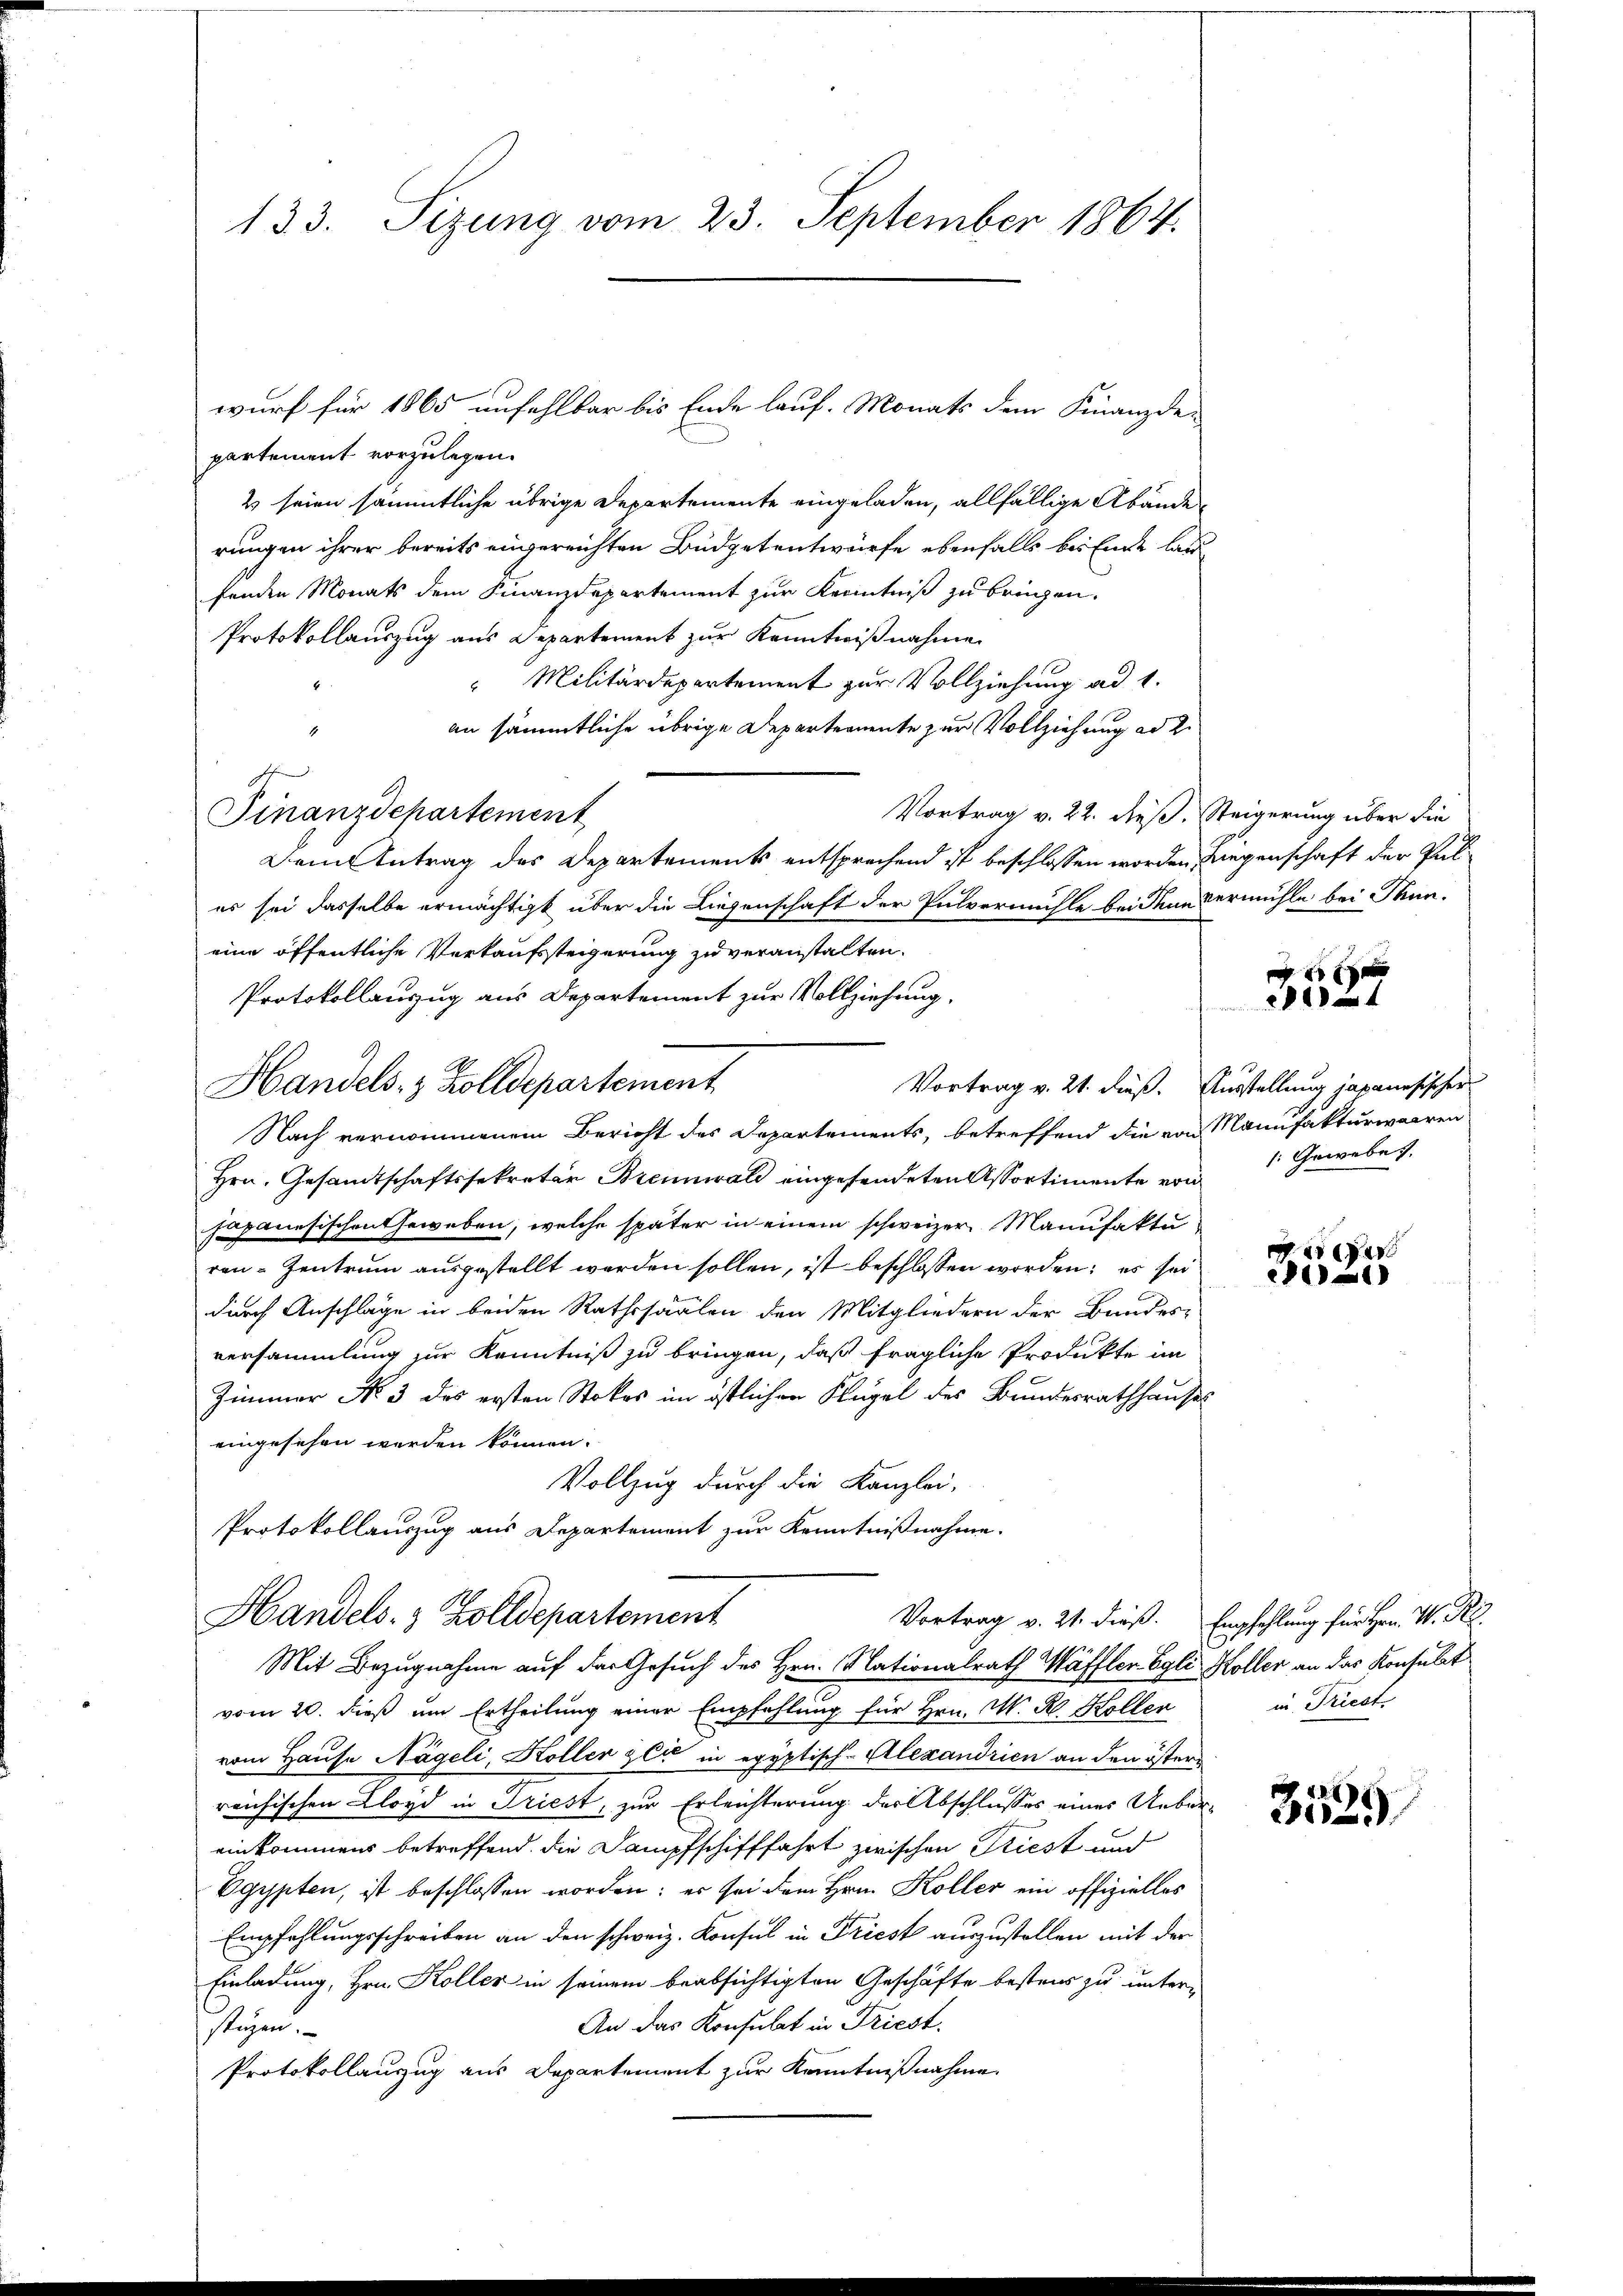
133. Sizung vom 23. September 1864.

partement vorzulegen.
2 seien sämmtliche übrige Departemente eingeladen, allfällige Abände
rungen ihrer bereits eingereichten Büdgetentwürfe ebenfalls bei Ende lan
fenden Monats dem Finanzdepartement zur Kenntniß zu bringen.
Protokollauszug aus Departement zur Kenntnißnahme
"Militärdepartement zur Vollziehung ad 1.
6
an sämmtliche übrige Departernente zur Vollziehung ad 2.
.
Vortrag v. 22. dieß. Steigerung über die
Finanzdepartement
Dem Antrag des Departements entsprechend ist beschlossen worden, wegenschaft der Pules sei dasselbe ermächtigt über die Liegenschaft der Pulvermühle beiden Vermühle bei Thureine öffentliche Verkaufsteigerung zu veranstalten.
Protokollanzug aus Departement zur Vollziehung,
Handels- & Zolldepartement
Vortrag v. 21. dieß. Ausstellung japanesischer
Nach vernommenem Bericht des Departements, betreffend die von Manufakturwaaren
Hrn. Gesandtschaftssekretär Brennwald eingefendeten Assortimente von
Japanesischen Geweben, welche später in einem schweizer Manufaktu
ren-Zentrum ausgestellt werden sollen, ist beschlossen worden; es sei
durch Anschläge in beiden Rathssaalen den Mitgliedern der Bandes-
versammlung zur Kenntniß zu bringen, daß fragliche Produkte im
Zimmer No. 3 des ersten Stokes im östlichen Flügel des Bundesrathhauses
eingesehen werden können.
Vollzug durch die Kanzlei-
Protokollauszug aus Departement zur Kenntnißnahme.

wurf für 1865 unfehlbar bis Ende lauf. Monats dem Finanzde-

vom 20. dieß um Ertheilung einer Empfehlung für Hrn. M. R. Koller
vom Hause Nageli Koller zeit in egyptisch-Alexandrien an den österreichischen Lloyd in Triest, zur Erleichterung der Abschlusses eines Uebereinkommens betreffend die Dampfschifffahrt zwischen Riest und
Egypten, ist beschlossen worden; er sei dem Hrn. Koller ein offizielles
Empfehlungsschreiben an den schweiz. Konsul in Friest auszustellen mit der
Einladung, Hrn. Koller in seinem beabsichtigten Geschäfte bestens zu unter-
An das Konsulat in Friest.
stüzen.
Protokollauszug aus Departement zur Kenntnißnahme.

Handels- & Zolldepartement
Mit Bezugnahme auf der Gesuch des Hrn. Nationalrath Wäffler Egli Koller an das Konsulat

x
 xx

: Geweben.

e
eat

Vortrag v. 21. dieß. Empfehlung für Hrn. W. Re
in Triest.

3529